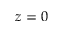
z = 0